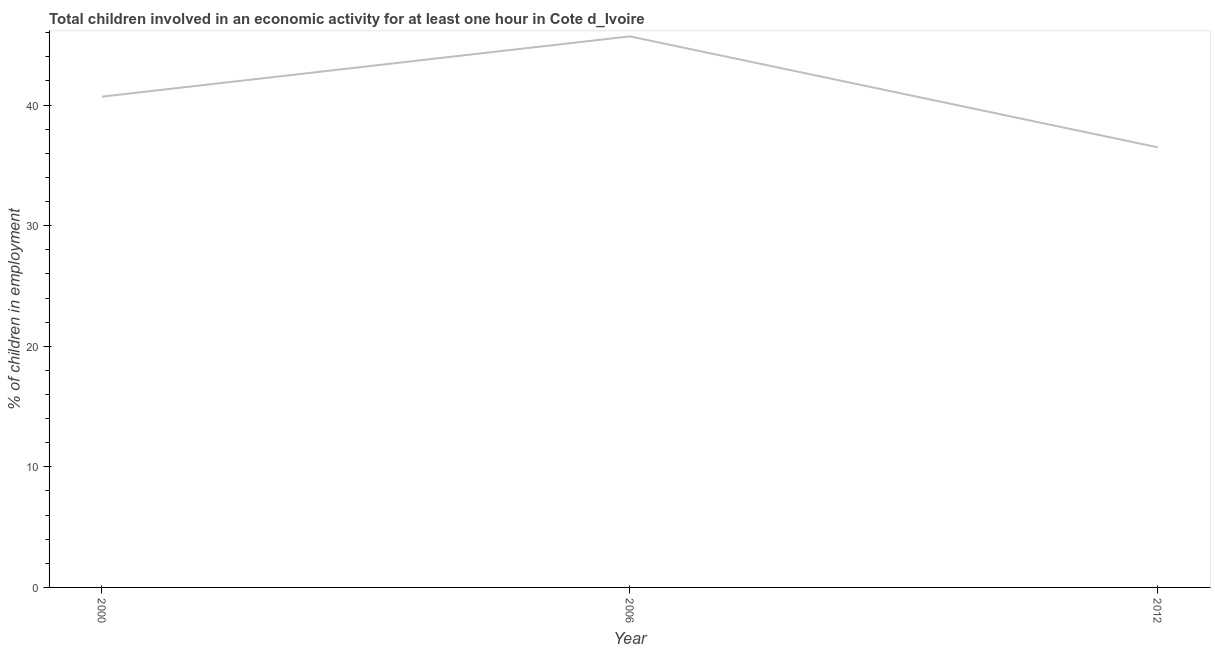
| Year | Children in employment |
 | --- | --- |
 | 2000 | 40.7 |
 | 2006 | 45.7 |
 | 2012 | 36.5 |